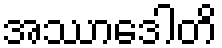
အဿာဒေါတိ